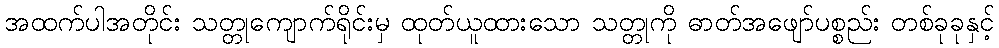
အထက်ပါအတိုင်း သတ္တုကျောက်ရိုင်းမှ ထုတ်ယူထားသော သတ္တုကို ဓာတ်အဖျော်ပစ္စည်း တစ်ခုခုနှင့်